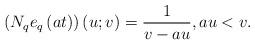
LaTeX: \begin{align*}\left( N_{q}e_{q}\left( at\right) \right) \left( u;v\right) =\dfrac{1}{v-au},au<v. \end{align*}